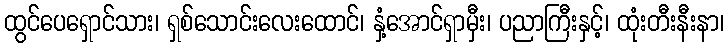
ထွင်ပေရှောင်သား၊ ရှစ်သောင်းလေးထောင်၊ နှံ့အောင်ရှာမှီး၊ ပညာကြီးနှင့်၊ ထုံးတီးနီးနာ၊